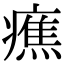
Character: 癄